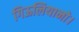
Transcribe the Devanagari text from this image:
गिऊलियानो।